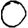
Digit: 0